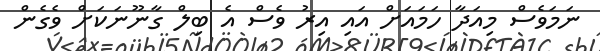
ނަމަވެސް މިއަދާ ހަމައަށް އައި އިރު ވެސް އެ ބިލް ގާނޫނަކަށް ވެގެން